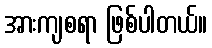
အားကျစရာ ဖြစ်ပါတယ်။